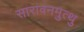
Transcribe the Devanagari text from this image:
सारावनमुत्थु